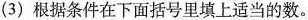
（3）根据条件在下面括号里填上适当的数。